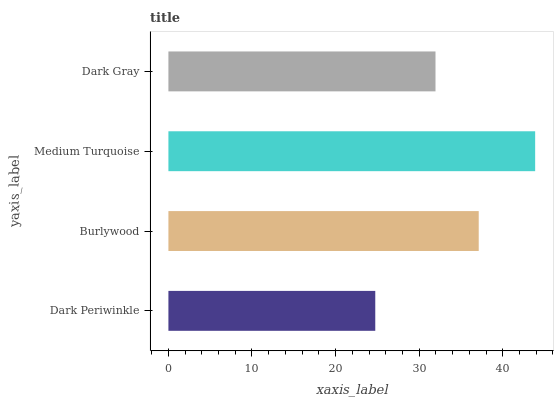
| yaxis_label | bars |
 | --- | --- |
 | Dark Periwinkle | 24.7 |
 | Burlywood | 37.1 |
 | Medium Turquoise | 43.9 |
 | Dark Gray | 32 |